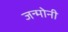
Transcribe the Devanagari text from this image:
जन्मोनी